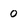
Character: 0